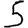
Digit: 5